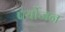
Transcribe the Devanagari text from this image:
पर्योजन